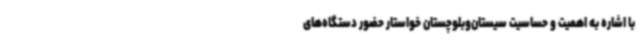
با اشاره به اهمیت و حساسیت سیستان‌وبلوچستان خواستار حضور دستگاه‌های